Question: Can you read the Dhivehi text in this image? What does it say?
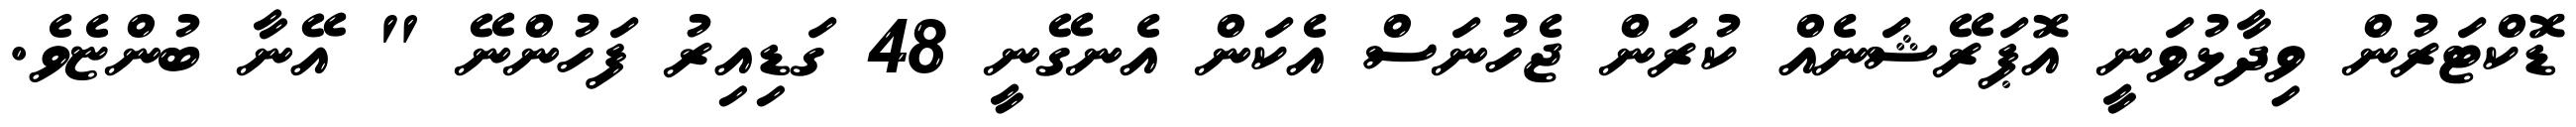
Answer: ޑޮކްޓަރުން ވިދާޅުވަނީ އޮޕަރޭޝަނެއް ކުރަން ޖެހުނަސް އެކަން އެނގޭނީ 48 ގަޑިއިރު ފަހުންނޭ " އޭނާ ބުންޏެވެ.